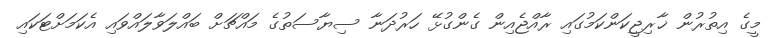
މީގެ އިތުރުން ޚާރިޖީކަންކަމުގައި ރާއްޖެއިން ގެންގުޅޭ ހަރުދަނާ ސިޔާސަތުގެ މައްޗަށް ބައްލަވާލައްވައި އެކަމަށްޓަކައި